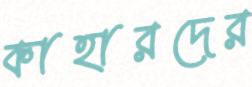
কাহারদের